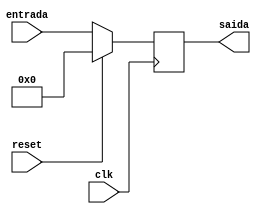
//modulo do program counter que fornece a posicao da proxima instrucao
module PC (entrada, saida, clk, reset);

input [31:0] entrada; // endereco da instrucao
input clk; // clock do kit FPGA
input reset; // sinal que reinicia a execucao do codigo
output reg [31:0]saida; // endereco da instrucao

initial
begin
 saida = 32'd0;
end

always @(negedge clk)
begin
	if (reset==1) // o sinal de reset esta setado
	begin
		saida = 32'd0; // a saida do PC eh a primeira instrucao do codigo
	end
	else
	begin
		saida = entrada; // a saida do PC corresponde a entrada do PC
	end
end

endmodule